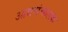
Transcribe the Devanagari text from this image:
आद्यसंचालक